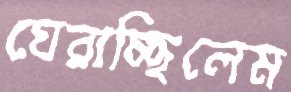
ঘেরাচ্ছিলেম